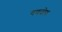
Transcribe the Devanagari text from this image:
गणदोष